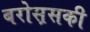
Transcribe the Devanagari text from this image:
बरोस़सकी